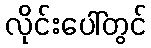
လိုင်းပေါ်တွင်